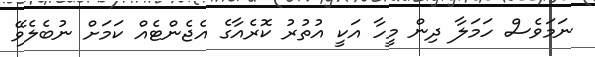
ނަމަވެސް ހަމަލާ ދިން މީހާ އަކީ އުތުރު ކޮރެއާގެ އެޖެންޓެއް ކަމަށް ނުބެލެވޭ